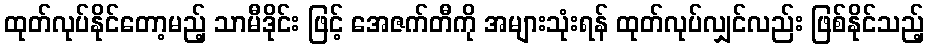
ထုတ်လုပ်နိုင်တော့မည့် သာမီဒိုင်း ဖြင့် အေဇက်တီကို အများသုံးရန် ထုတ်လုပ်လျှင်လည်း ဖြစ်နိုင်သည့်